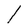
Character: l